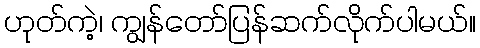
ဟုတ်ကဲ့၊ ကျွန်တော်ပြန်ဆက်လိုက်ပါမယ်။